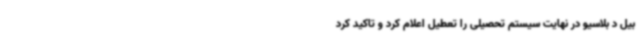
بیل د بلاسیو در نهایت سیستم تحصیلی را تعطیل اعلام کرد و تاکید کرد